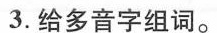
3.给多音字组词。